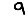
Digit: 9